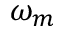
\omega _ { m }